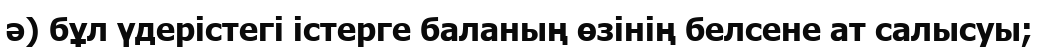
ә) бұл үдерістегі істерге баланың өзінің белсене ат салысуы;